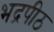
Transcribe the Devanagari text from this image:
भद्रपीठ